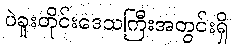
ပဲခူးတိုင်းဒေသကြီးအတွင်းရှိ